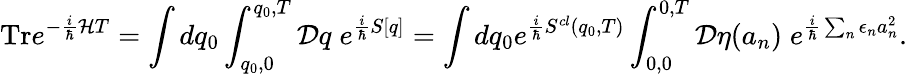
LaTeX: \textrm{Tr}e^{-\frac{i}{\hbar}{\cal{H}}T}=\int dq_{0}\int_{q_{0},0}^{q_{0},T}{\cal{D}}q\; e^{\frac{i}{\hbar}S[q]}=\int dq_{0}e^{\frac{i}{\hbar}S^{cl}(q_{0},T)}\int_{0,0}^{0,T}{\cal{D}}\eta(a_{n})\; e^{\frac{i}{\hbar}\sum_{n}\epsilon_{n}a_{n}^{2}}.